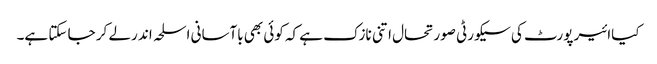
کیاائیر پورٹ کی سیکورٹی صورتحال اتنی نازک ہے کہ کوئی بھی باآسانی اسلحہ اند رلے کر جا سکتا ہے۔